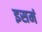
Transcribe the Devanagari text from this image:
इसमं